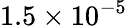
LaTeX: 1.5\times 10^{-5}